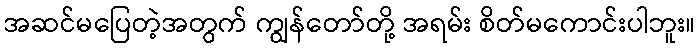
အဆင်မပြေတဲ့အတွက် ကျွန်တော်တို့ အရမ်း စိတ်မကောင်းပါဘူး။